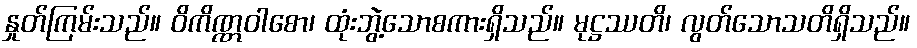
နှုတ်ကြမ်းသည်။ ဝိကိဏ္ဏဝါစော၊ ထုံးဘွဲ့သောစကားရှိသည်။ မုဋ္ဌဿတိ၊ လွတ်သောသတိရှိသည်။